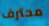
محترف